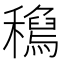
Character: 𥣟